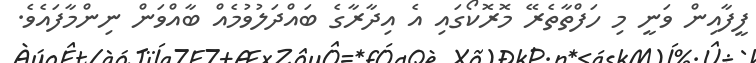
ފީފާއިން ވަނީ މި ހަފްތާތެރޭ މޮރޮކޯގައި އެ އިދާރާގެ ބައްދަލުވުމެއް ބާއްވަން ނިންމާފައެވެ.